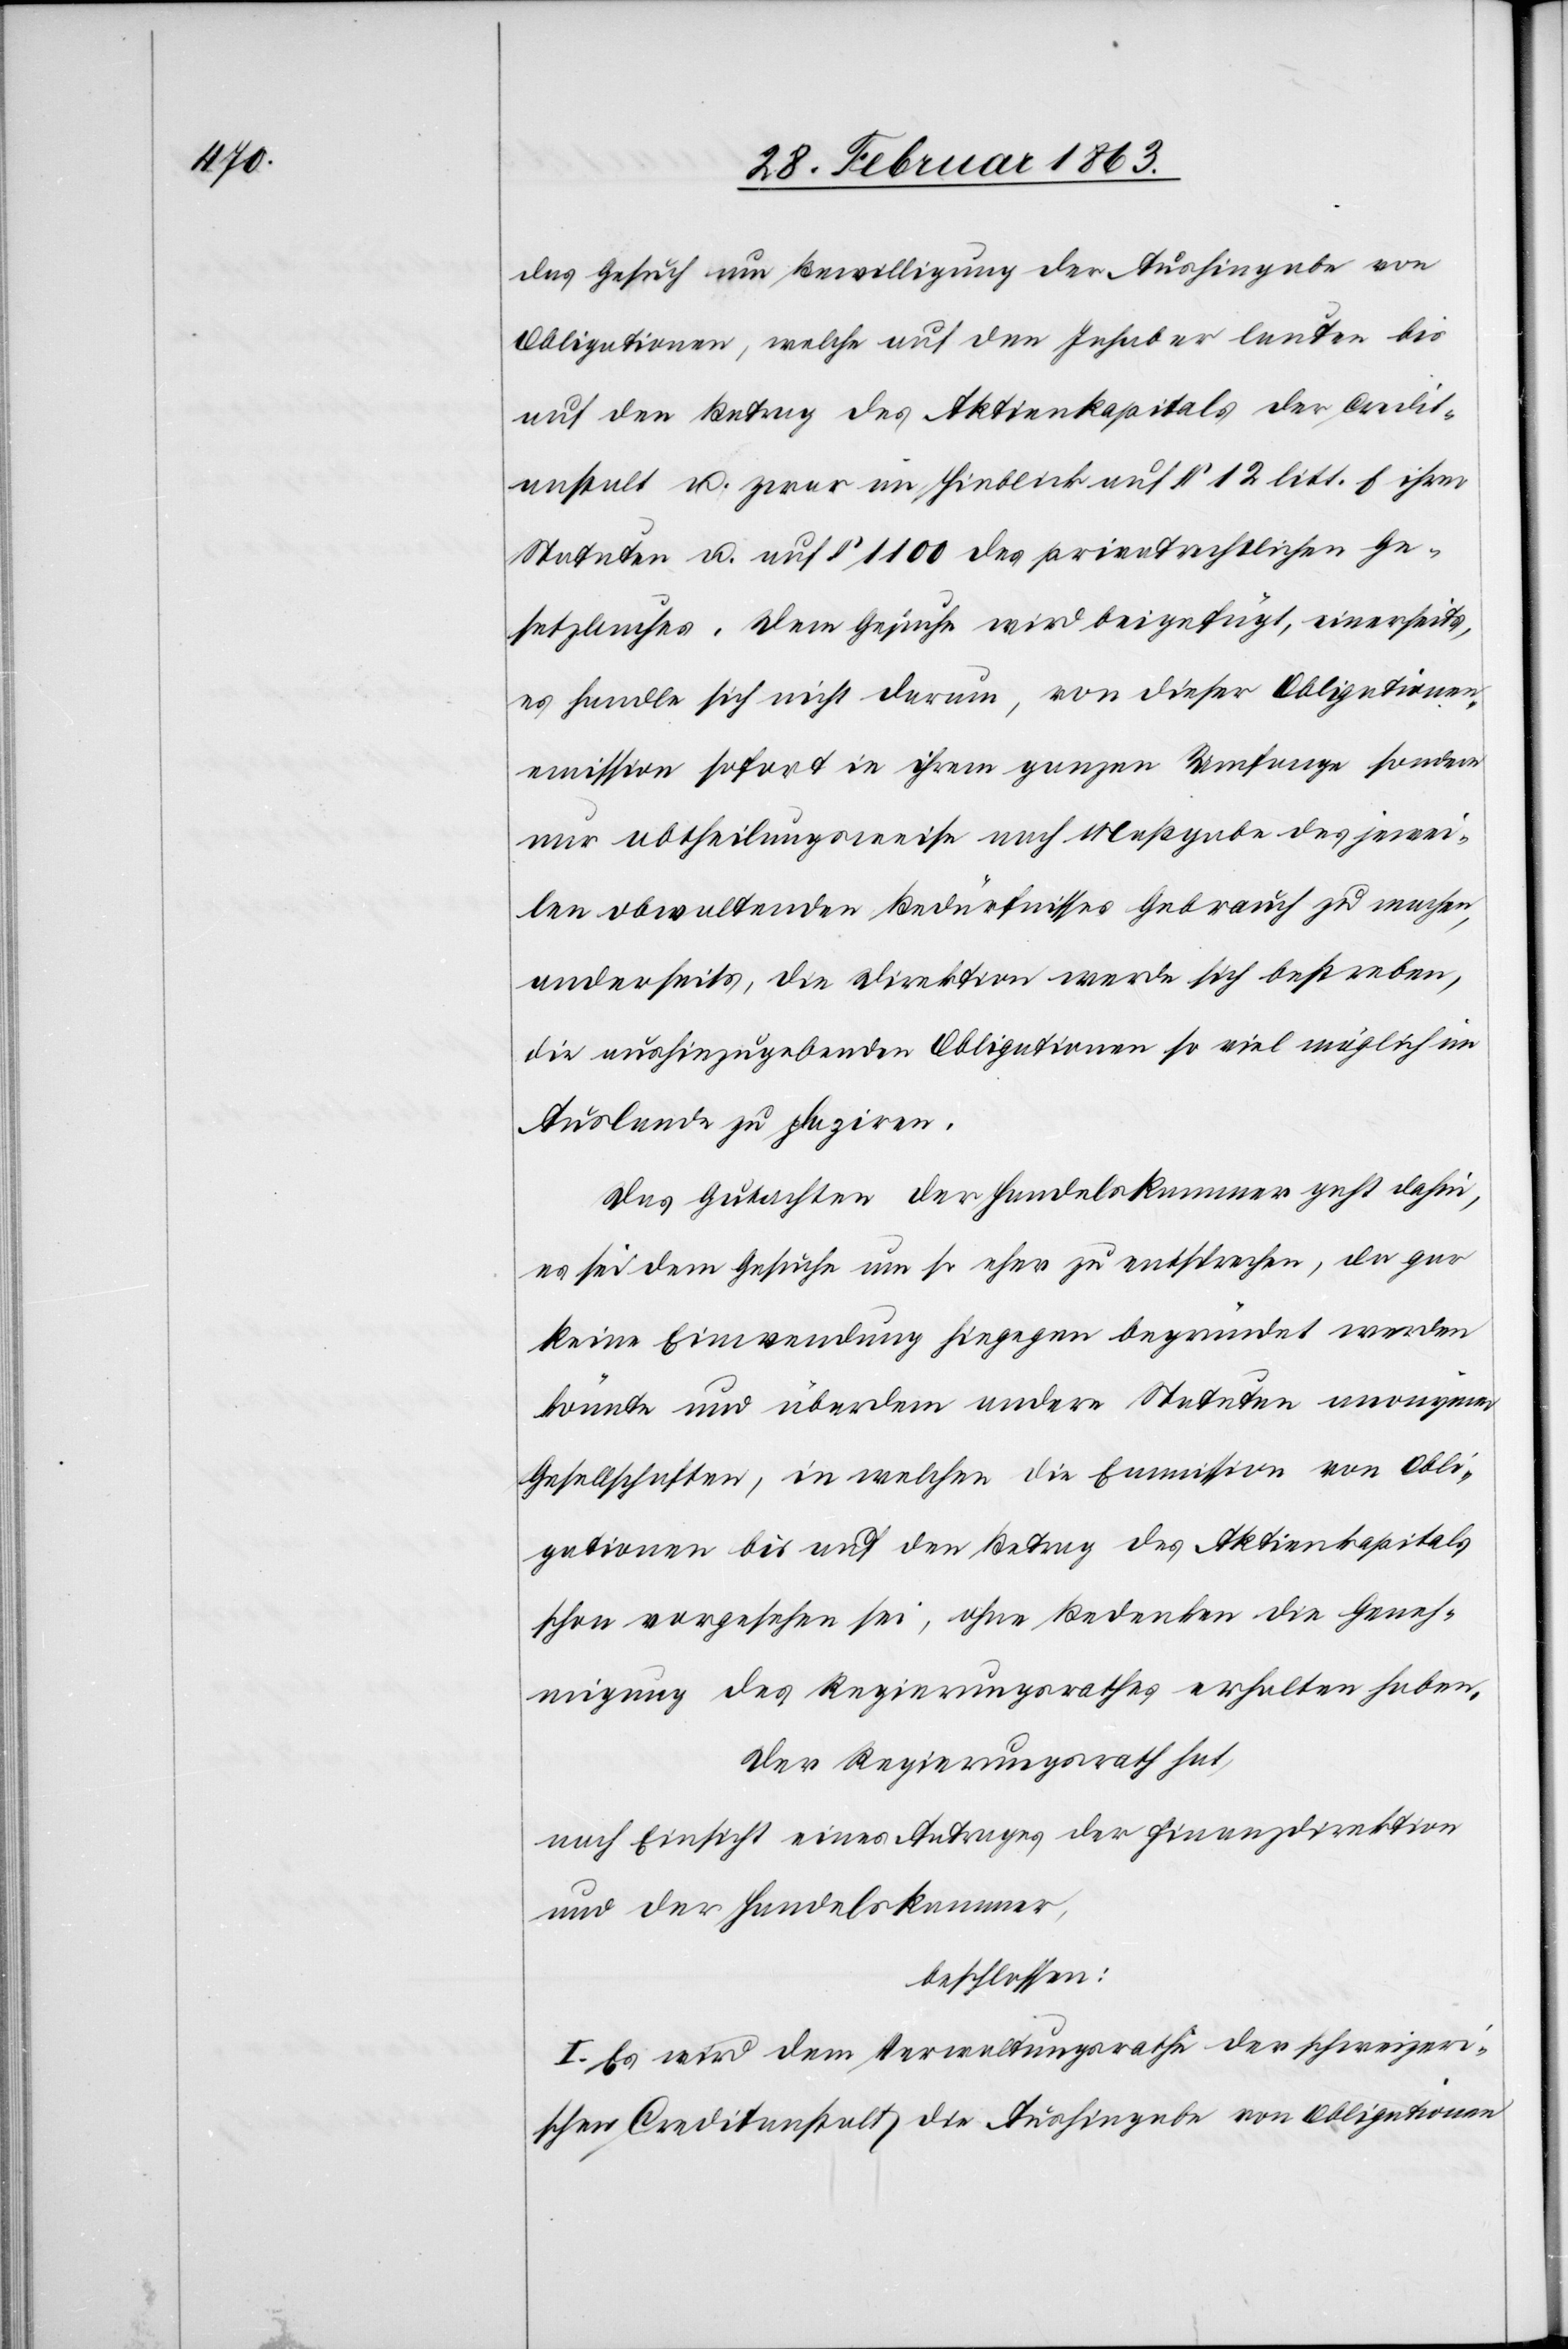
das Gesuch um Bewilligung der Aushingabe von
Obligationen, welche auf den Inhaber lauten bis
auf den Betrag des Aktienkapitals der Credit¬
anstalt u. zwar im Hinblick auf § 12 litt. f ihrer
Statuten u. auf § 1100 des privatrechtlichen Ge¬
setzbuches. Dem Gesuche wird beigefügt, einerseits,
es handle sich nicht darum, von dieser Obligationen¬
emission [sic!] sofort in ihrem ganzen Umfange sondern
nur abtheilungsweise nach Maßgabe des jewei¬
len obwaltenden Bedürfnisses Gebrauch zu machen,
anderseits, die Direktion werde sich bestreben,
die aushinzugebenden Obligationen so viel möglich im
Auslande zu plaziren.
Das Gutachten der Handelskammer geht dahin,
es sei dem Gesuche um so eher zu entsprechen, da gar
keine Einwendung hiegegen begründet werden
könnte und überdem andere Statuten anonymer
Gesellschaften, in welchen die Emmission von Obli¬
gationen bis auf den Betrag des Aktienkapitals
schon vorgesehen sei, ohne Bedenken die Geneh¬
migung des Regierungsrathes erhalten haben.
Der Regierungsrath hat,
nach Einsicht eines Antrages der Finanzdirektion
und der Handelskammer,
beschlossen:
I. Es wird dem Verwaltungsrathe der schweizeri¬
schen Creditanstalt die Aushingabe von Obligationen